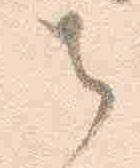
者